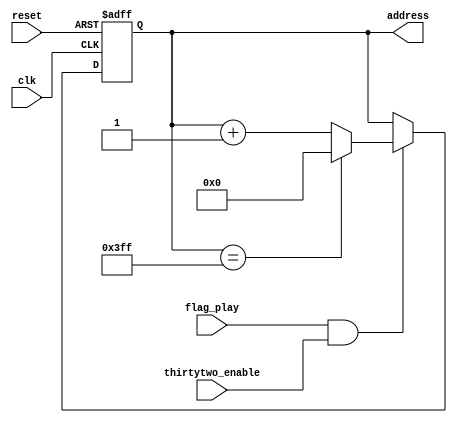
//Module for address about the player FSM.It is a counter counting until 1024 
//Author Tselepi Eleni 

module addresscounter_player(clk,reset,flag_play,thirtytwo_enable,address);

input clk,reset,flag_play,thirtytwo_enable;
output reg [9:0] address; //10bit address 2^10=1024 32.768/32=1024

always@(posedge clk or posedge reset )
begin

  if(reset)
  begin
   address<='d0;  
  end
  else if (flag_play && thirtytwo_enable) //when 32 cycles of the clock have passes make address+32
  begin
    address<=(address=='d1023)?'d0:address+1; 
  end

end

endmodule